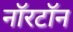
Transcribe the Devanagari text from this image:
नॉरटॉन